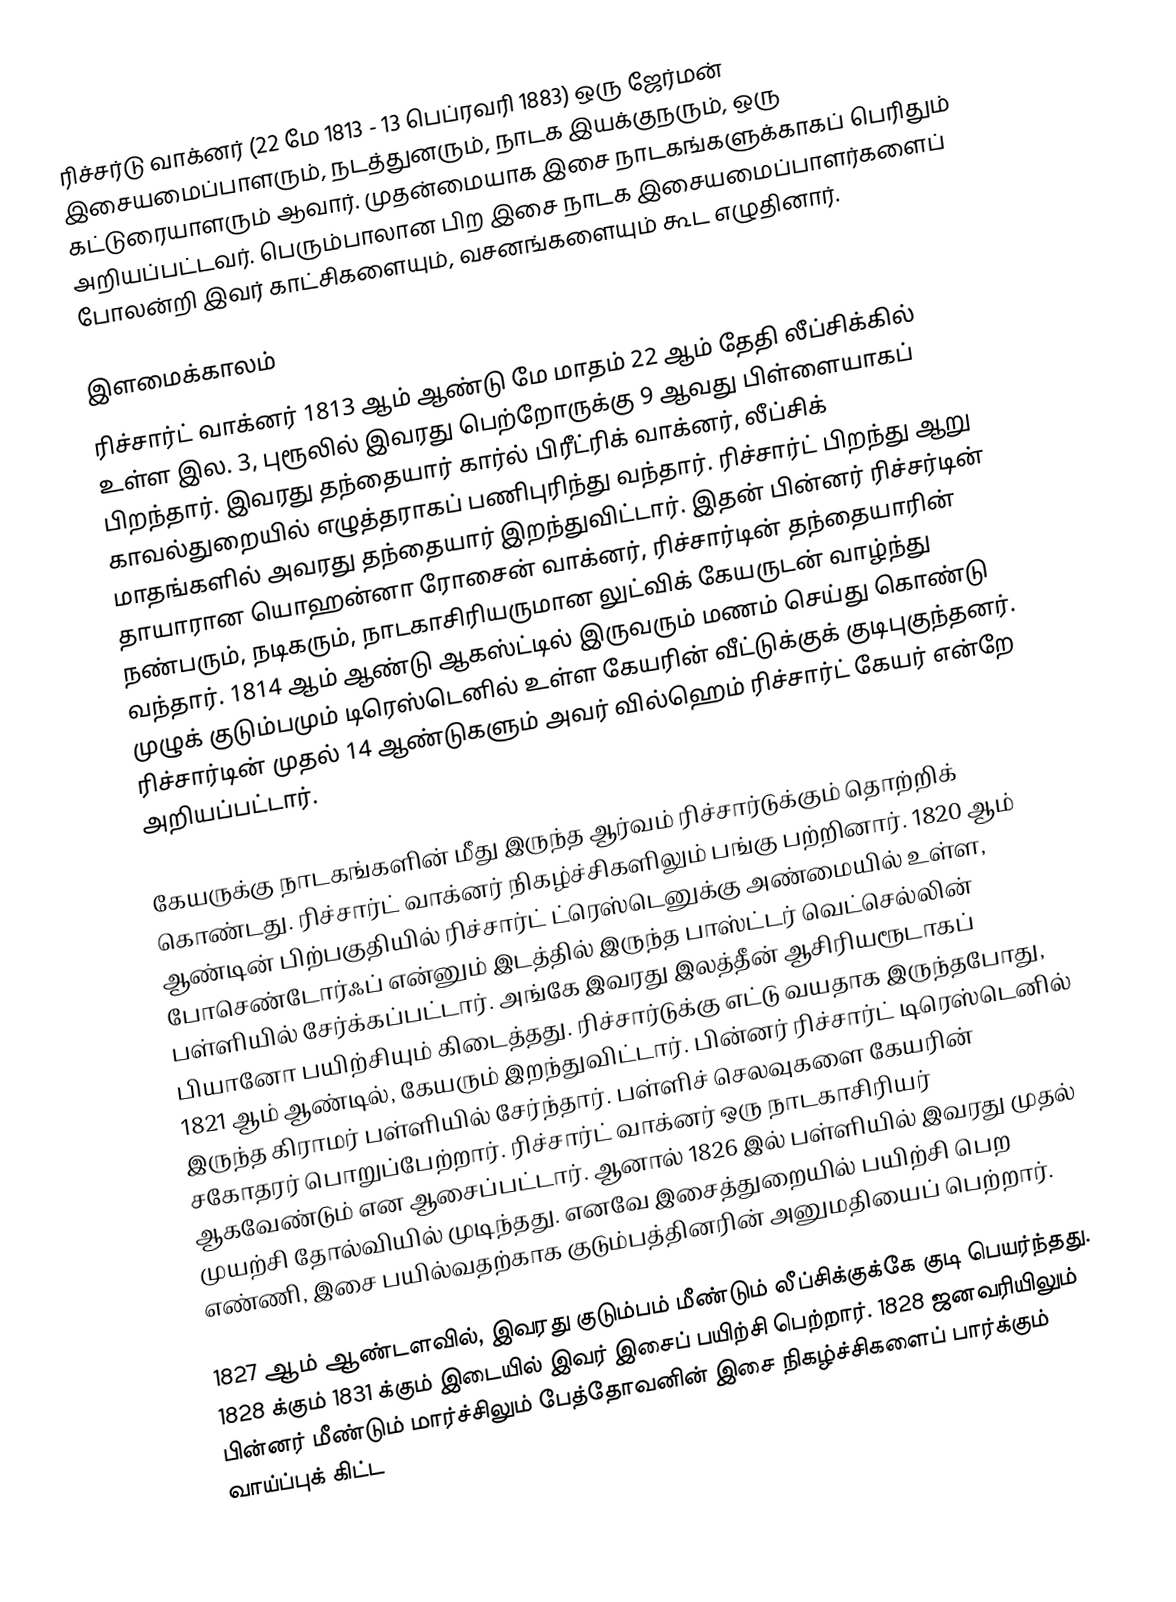
ரிச்சர்டு வாக்னர் (22 மே 1813 - 13 பெப்ரவரி 1883) ஒரு ஜேர்மன் இசையமைப்பாளரும், நடத்துனரும், நாடக இயக்குநரும், ஒரு கட்டுரையாளரும் ஆவார். முதன்மையாக இசை நாடகங்களுக்காகப் பெரிதும் அறியப்பட்டவர். பெரும்பாலான பிற இசை நாடக இசையமைப்பாளர்களைப் போலன்றி இவர் காட்சிகளையும், வசனங்களையும் கூட எழுதினார்.

இளமைக்காலம்
ரிச்சார்ட் வாக்னர் 1813 ஆம் ஆண்டு மே மாதம் 22 ஆம் தேதி லீப்சிக்கில் உள்ள இல. 3, புரூலில் இவரது பெற்றோருக்கு 9 ஆவது பிள்ளையாகப் பிறந்தார். இவரது தந்தையார் கார்ல் பிரீட்ரிக் வாக்னர், லீப்சிக் காவல்துறையில் எழுத்தராகப் பணிபுரிந்து வந்தார். ரிச்சார்ட் பிறந்து ஆறு மாதங்களில் அவரது தந்தையார் இறந்துவிட்டார். இதன் பின்னர் ரிச்சர்டின் தாயாரான யொஹன்னா ரோசைன் வாக்னர், ரிச்சார்டின் தந்தையாரின் நண்பரும், நடிகரும், நாடகாசிரியருமான லுட்விக் கேயருடன் வாழ்ந்து வந்தார். 1814 ஆம் ஆண்டு ஆகஸ்ட்டில் இருவரும் மணம் செய்து கொண்டு முழுக் குடும்பமும் டிரெஸ்டெனில் உள்ள கேயரின் வீட்டுக்குக் குடிபுகுந்தனர். ரிச்சார்டின் முதல் 14 ஆண்டுகளும் அவர் வில்ஹெம் ரிச்சார்ட் கேயர் என்றே அறியப்பட்டார்.

கேயருக்கு நாடகங்களின் மீது இருந்த ஆர்வம் ரிச்சார்டுக்கும் தொற்றிக் கொண்டது. ரிச்சார்ட் வாக்னர் நிகழ்ச்சிகளிலும் பங்கு பற்றினார். 1820 ஆம் ஆண்டின் பிற்பகுதியில் ரிச்சார்ட் ட்ரெஸ்டெனுக்கு அண்மையில் உள்ள, போசெண்டோர்ஃப் என்னும் இடத்தில் இருந்த பாஸ்ட்டர் வெட்செல்லின் பள்ளியில் சேர்க்கப்பட்டார். அங்கே இவரது இலத்தீன் ஆசிரியரூடாகப் பியானோ பயிற்சியும் கிடைத்தது. ரிச்சார்டுக்கு எட்டு வயதாக இருந்தபோது, 1821 ஆம் ஆண்டில், கேயரும் இறந்துவிட்டார். பின்னர் ரிச்சார்ட் டிரெஸ்டெனில் இருந்த கிராமர் பள்ளியில் சேர்ந்தார். பள்ளிச் செலவுகளை கேயரின் சகோதரர் பொறுப்பேற்றார். ரிச்சார்ட் வாக்னர் ஒரு நாடகாசிரியர் ஆகவேண்டும் என ஆசைப்பட்டார். ஆனால் 1826 இல் பள்ளியில் இவரது முதல் முயற்சி தோல்வியில் முடிந்தது. எனவே இசைத்துறையில் பயிற்சி பெற எண்ணி, இசை பயில்வதற்காக குடும்பத்தினரின் அனுமதியைப் பெற்றார்.

1827 ஆம் ஆண்டளவில், இவரது குடும்பம் மீண்டும் லீப்சிக்குக்கே குடி பெயர்ந்தது. 1828 க்கும் 1831 க்கும் இடையில் இவர் இசைப் பயிற்சி பெற்றார். 1828 ஜனவரியிலும் பின்னர் மீண்டும் மார்ச்சிலும் பேத்தோவனின் இசை நிகழ்ச்சிகளைப் பார்க்கும் வாய்ப்புக் கிட்ட